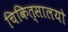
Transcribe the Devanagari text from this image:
चिकित्सालयो